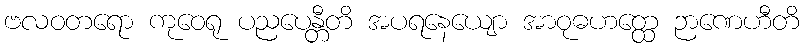
ဗလဝတရော ကုဝေရု ပညပေန္တီတိ အပရနေယျော အာဝုဓဟတ္ထေ ဉာဏေဟီတိ